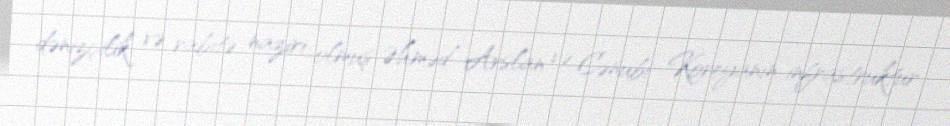
dənizçilik və rabitə naziri olmuş Əhməd Arslan və Cənubi Koreyanın infrastruktur